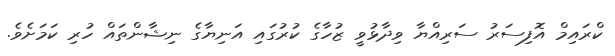
ކްރައިމް އޮފިސަރު ސަރިއްޔާ ވިދާޅުވީ ޒުހާގެ ކުރުގައި އަނިޔާގެ ނިޝާންތައް ހުރި ކަމަށެވެ.